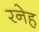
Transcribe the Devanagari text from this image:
रनेह